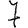
Digit: 7